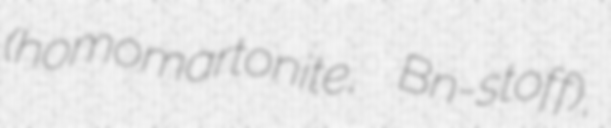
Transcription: (homomartonite, Bn-stoff),